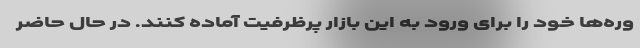
وره‌ها خود را برای ورود به این بازار پرظرفیت آماده کنند. در حال حاضر